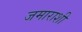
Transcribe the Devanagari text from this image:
जमाराशी